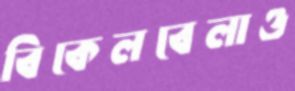
বিকেলবেলাও